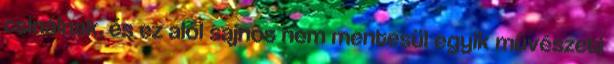
csinálnak, és ez alól sajnos nem mentesül egyik művészeti